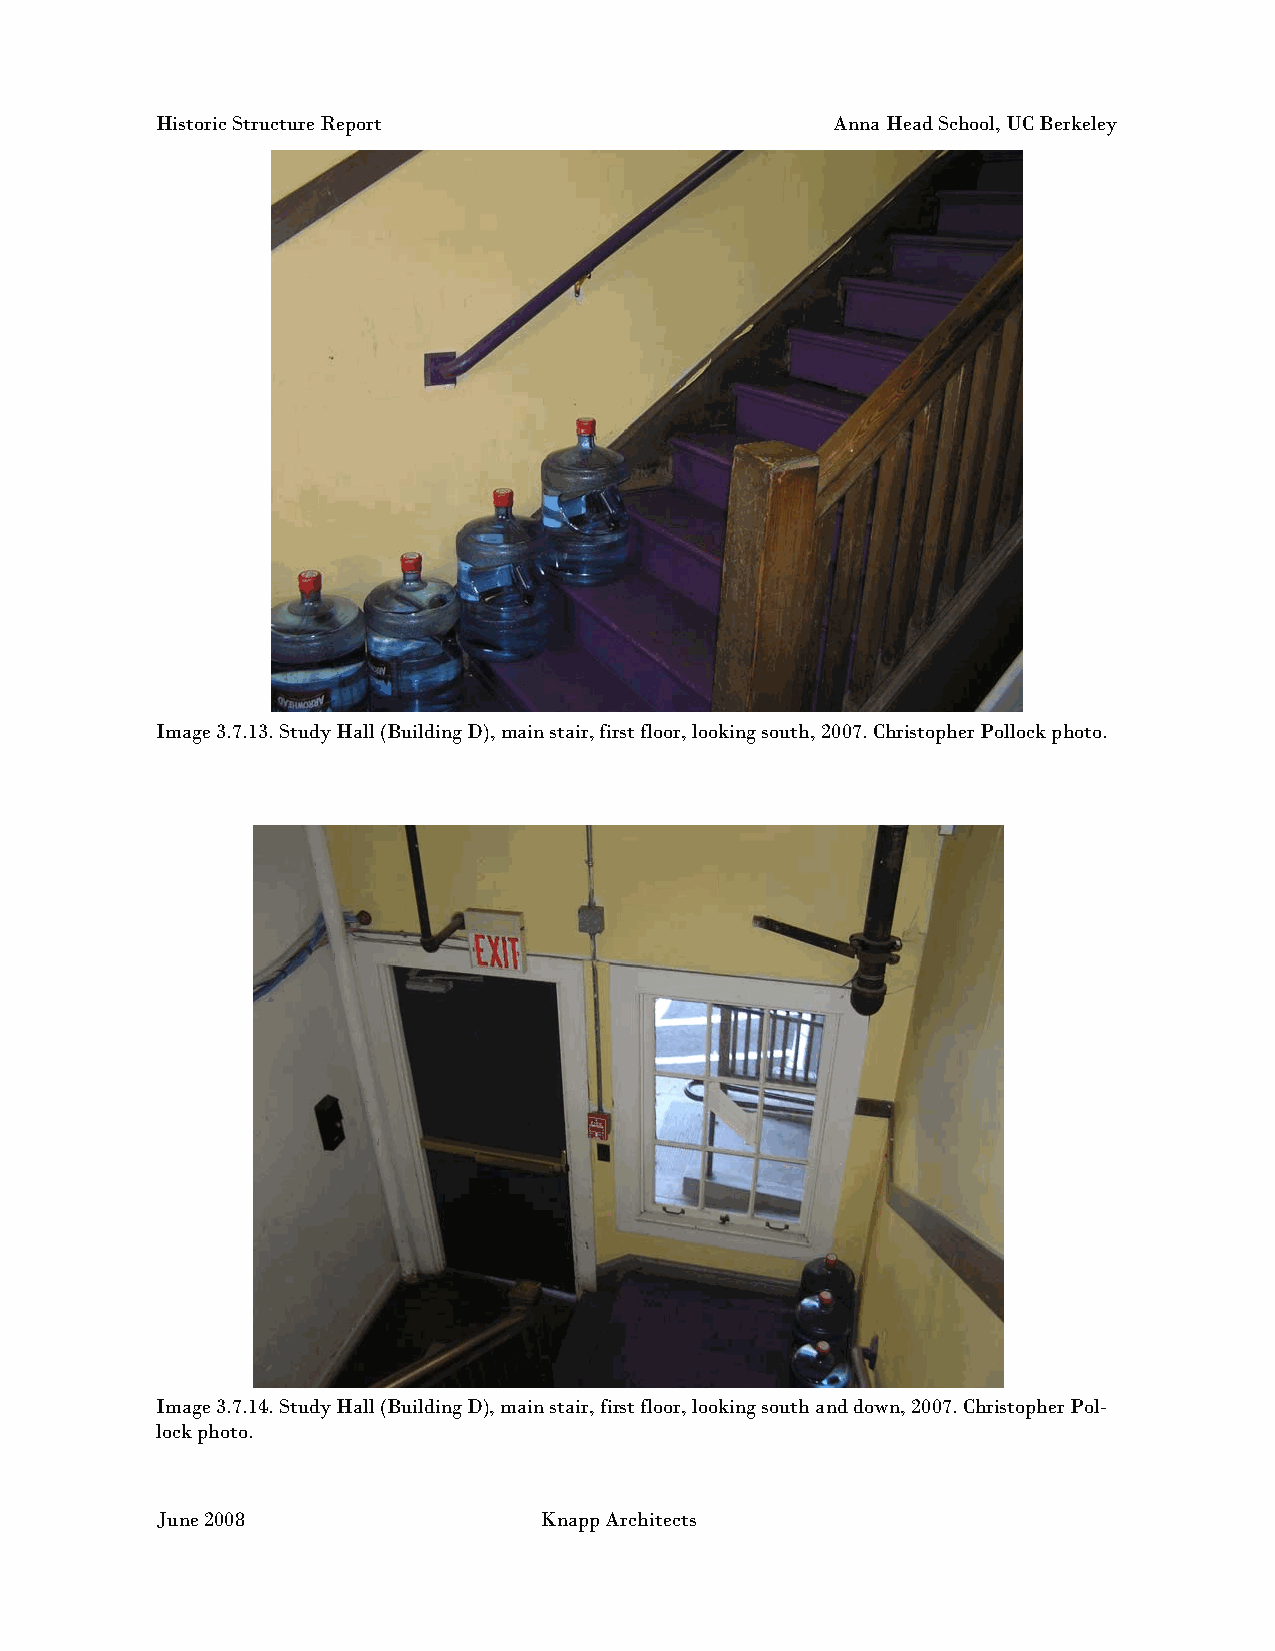
Historic Structure Report                    Anna Head School, UC Berkeley
 Image 3.7.13. Study Hall (Building D), main stair, first floor, looking south, 2007. Christopher Pollock photo.
 Image 3.7.14. Study Hall (Building D), main stair, first floor, looking south and down, 2007. Christopher Pol-
 lock photo.
 June 2008                 Knapp Architects